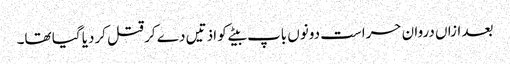
بعد ازاں دروان حراست دونوں باپ بیٹے کو اذتیں دے کر قتل کردیا گیا تھا۔